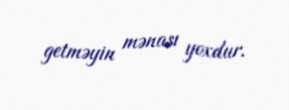
getməyin mənası yoxdur.